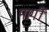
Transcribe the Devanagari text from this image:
मागीँ